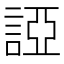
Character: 䛩